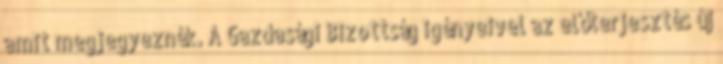
amit megjegyeznék. A Gazdasági Bizottság igényeivel az előterjesztés új